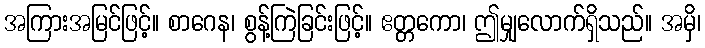
အကြားအမြင်ဖြင့်။ စာဂေန၊ စွန့်ကြဲခြင်းဖြင့်။ ဧတ္တကော၊ ဤမျှလောက်ရှိသည်။ အမှိ၊